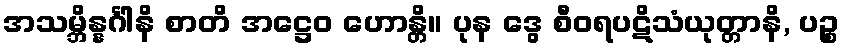
အသမ္ဘိန္နင်္ဂါနိ စာတိ အဋ္ဌေဝ ဟောန္တိ။ ပုန ဒွေ စီဝရပဋိသံယုတ္တာနိ, ပဉ္စ